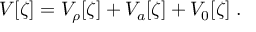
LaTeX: V [ \zeta ] = V _ { \rho } [ \zeta ] + V _ { a } [ \zeta ] + V _ { 0 } [ \zeta ] \; .